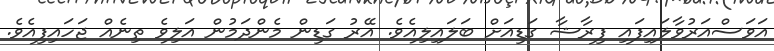
އަވަސްއަރުވާލައިފައި ފިރާޝާ ގަޑިއަށް ބަލައިލިއެވެ. އޭރު ގަޑިން މެންދަމުން އަލިވެ ތިނެއް ޖަހައިފިއެވެ.